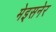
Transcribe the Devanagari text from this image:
मेइसनेर